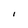
Character: I